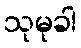
သုမုခါ